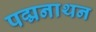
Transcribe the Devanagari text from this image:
पद्मनाथन